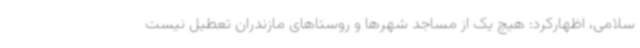
سلامی، اظهارکرد: هیچ یک از مساجد شهرها و روستاهای مازندران تعطیل نیست